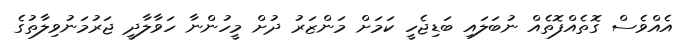
އެއްވެސް ގޮތެއްފޮތެއް ނުބަލައި ބަޑިޖެހީ ކަމަށް މަންޒަރު ދުށް މީހުންނާ ހަވާލާދީ ޖަރުމަނުވިލާތުގެ